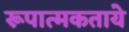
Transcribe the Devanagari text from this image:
रूपात्मकताये